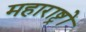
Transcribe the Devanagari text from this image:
महाराष्ट्रों